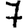
Digit: 7